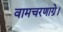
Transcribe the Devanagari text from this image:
वामचरणाग्रे।